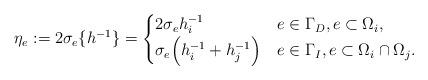
LaTeX: \begin{align*}\eta_{e} := 2 \sigma_e \{h^{-1}\}=\begin{cases}2 \sigma_e h_i^{-1} & e \in \Gamma_D, e \subset \Omega_i,\\\sigma_e \Big( h_i^{-1} + h_j^{-1} \Big) & e \in \Gamma_I, e \subset \Omega_i \cap \Omega_j.\end{cases}\end{align*}